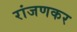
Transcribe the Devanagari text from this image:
रांजणकर